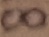
Text: 8